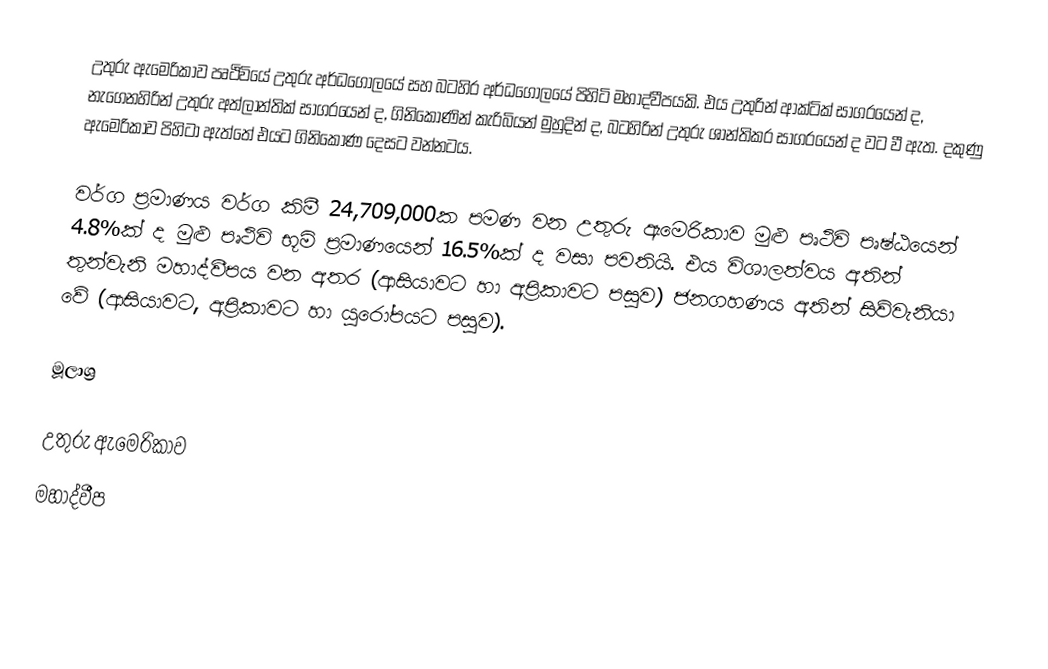
උතුරු ඇමෙරිකාව පෘථිවියේ උතුරු අර්ධගෝලයේ සහ බටහිර අර්ධගෝලයේ පිහිටි මහාද්වීපයකි. එය උතුරින් ආක්ටික් සාගරයෙන් ද, නැගෙනහිරින් උතුරු අත්ලාන්තික් සාගරයෙන් ද, ගිනිකොණින් කැරිබියන් මුහුදින් ද, බටහිරින් උතුරු ශාන්තිකර සාගරයෙන් ද වට වී ඇත. දකුණු ඇමෙරිකාව පිහිටා ඇත්තේ එයට ගිනිකොණ දෙසට වන්නටය.

වර්ග ප්‍රමාණය වර්ග කිමී 24,709,000ක පමණ වන උතුරු ඇමෙරිකාව මුළු පෘථිවි පෘෂ්ඨයෙන් 4.8%ක් ද මුළු පෘථිවි භූමි ප්‍රමාණයෙන් 16.5%ක් ද වසා පවතියි. එය විශාලත්වය අතින් තුන්වැනි මහාද්වීපය වන අතර (ආසියාවට හා අප්‍රිකාවට පසුව) ජනගහණය අතින් සිව්වැනියා වේ (ආසියාවට, අප්‍රිකාවට හා යුරෝපයට පසුව).

මූලාශ්‍ර

උතුරු ඇමෙරිකාව
මහාද්වීප